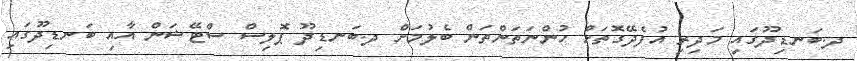
ދ.ބަނޑިދޫގައި މަދިރި އުފެދޭގޮތަށް ހުންނަތަންތަން ބެލުމަށް ދ.ބަނޑިދޫ ޕޮލިސް ސްޓޭޝަން އާއި ބަނޑިދޫގައި